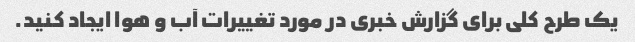
یک طرح کلی برای گزارش خبری در مورد تغییرات آب و هوا ایجاد کنید.